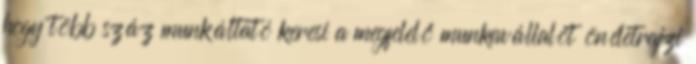
hogy több száz munkáltató keresi a megfelelő munkavállalót önéletrajzi